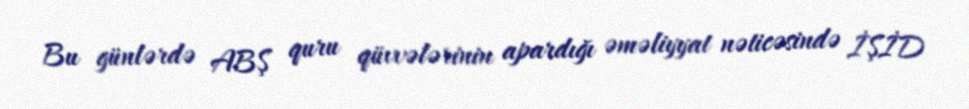
Bu günlərdə ABŞ quru qüvvələrinin apardığı əməliyyat nəticəsində İŞİD